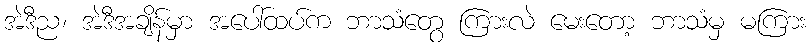
အဲဒီည၊ အဲဒီအချိန်မှာ အပေါ်ထပ်က ဘာသံတွေ ကြားလဲ မေးတော့ ဘာသံမှ မကြား